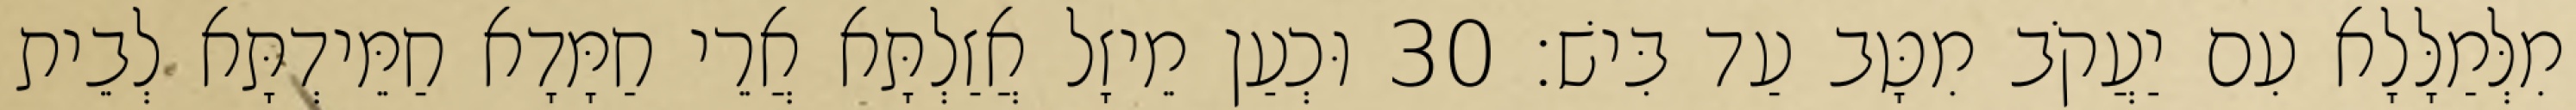
מִלְּמַלָּלָא עִם יַעֲקֹב מִטָּב עַד בִּישׁ׃ 30 וּכְעַן מֵיזָל אֲזַלְתָּא אֲרֵי חַמָּדָא חַמֵּידְתָּא לְבֵית